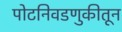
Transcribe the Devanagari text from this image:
पोटनिवडणुकीतून